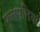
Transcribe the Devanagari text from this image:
फूलपत्तियां